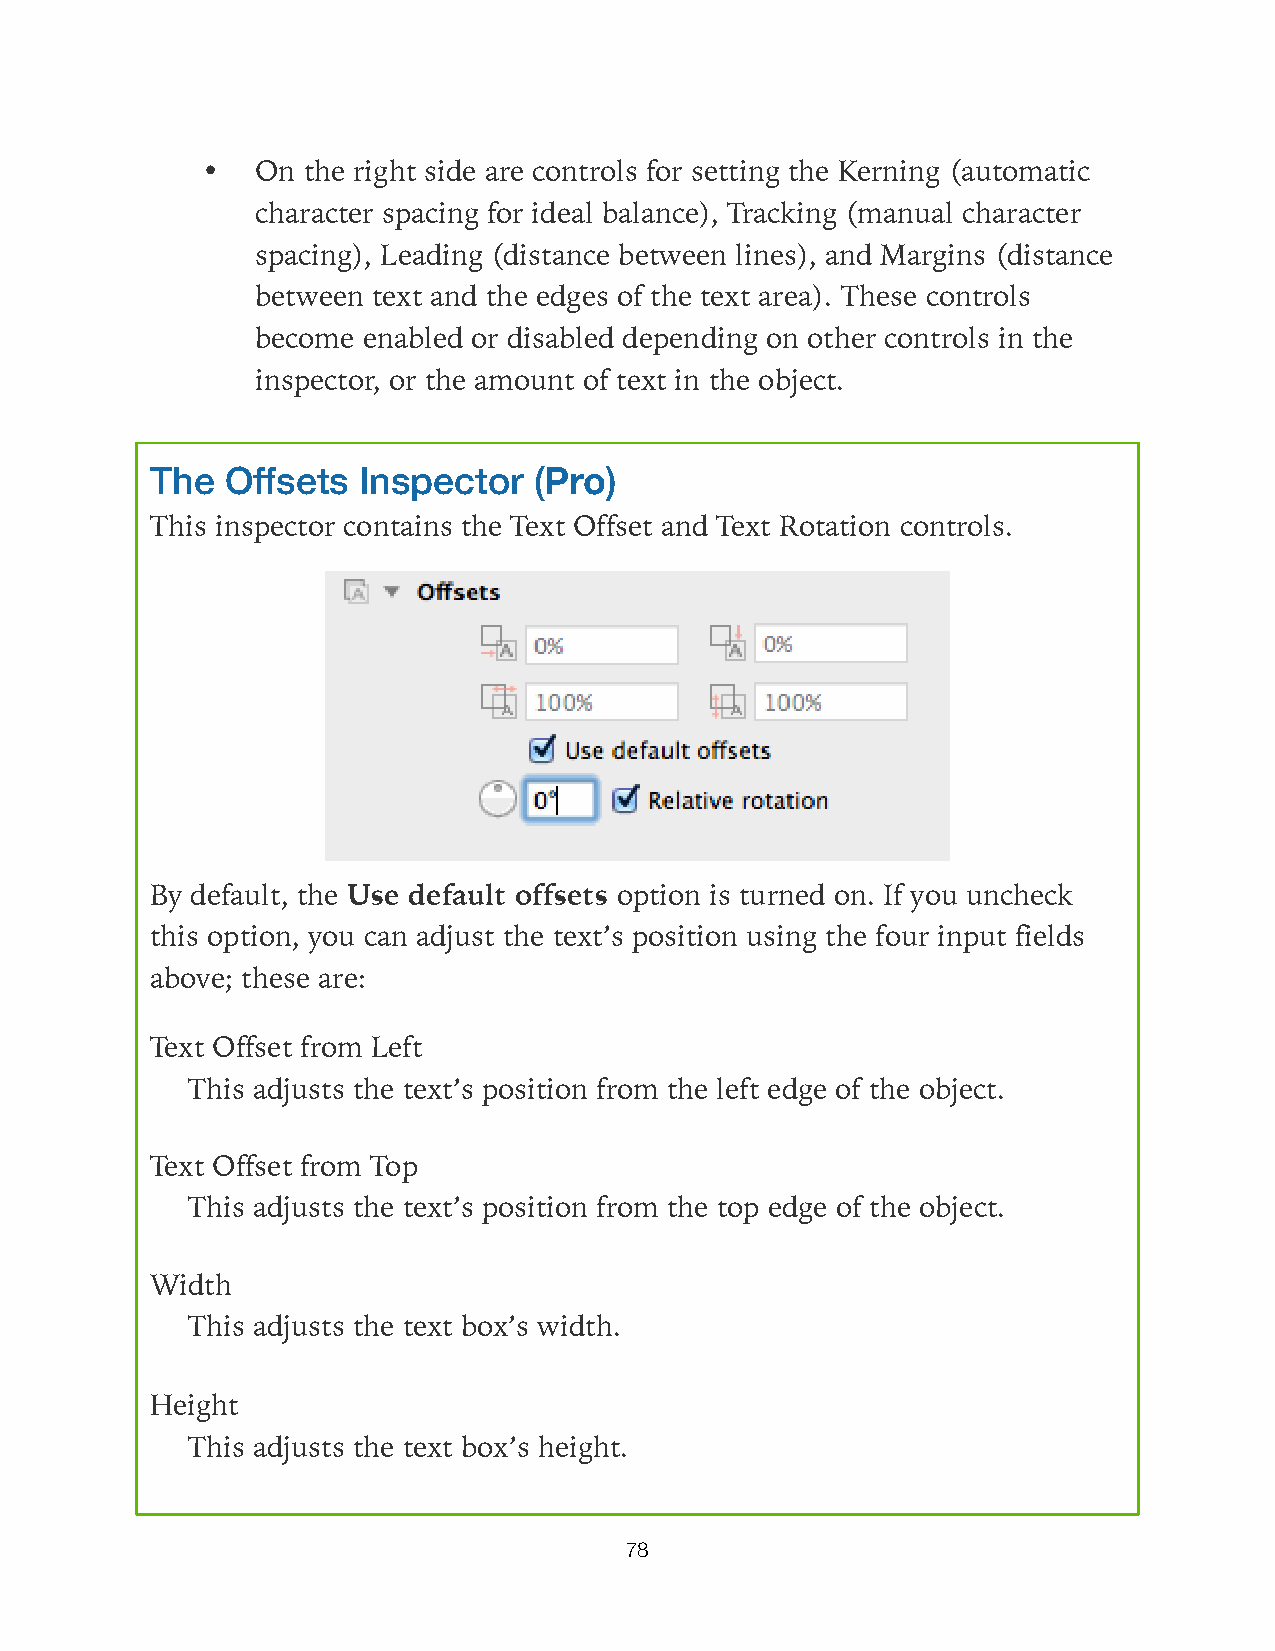
•   On the right side are controls for setting the Kerning (automatic
 character spacing for ideal balance), Tracking (manual character
 spacing), Leading (distance between lines), and Margins (distance
 between text and the edges of the text area). These controls
 become enabled or disabled depending on other controls in the
 inspector, or the amount of text in the object.
 The  Offsets  Inspector  (Pro)
 This inspector contains the Text Offset and Text Rotation controls.
 By default, the Use default offsets option is turned on. If you uncheck
 this option, you can adjust the text’s position using the four input fields
 above; these are:
 Text Offset from Left
 This adjusts the text’s position from the left edge of the object.
 Text Offset from Top
 This adjusts the text’s position from the top edge of the object.
 Width
 This adjusts the text box’s width.
 Height
 This adjusts the text box’s height.
 78